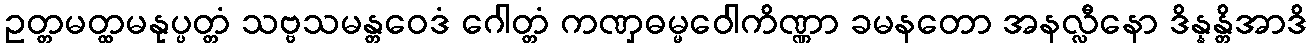
ဥတ္တမတ္ထမနုပ္ပတ္တံ သဗ္ဗသမန္တဝေဒံ ဂေါတ္တံ ကဏှဓမ္မဝေါကိဏ္ဏာ ခမနတော အနလ္လီနော ဒိန္နန္တိအာဒိ